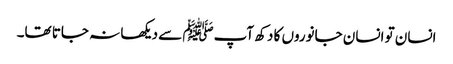
انسان تو انسان جانوروں کا دکھ آپﷺ سے دیکھا نہ جاتا تھا۔